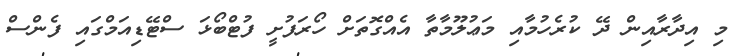
މި އިދާރާއިން ދޭ ކުރެހުމާއި މަޢުލޫމާތާ އެއްގޮތަށް ހޯރަފުށީ ފުޓްބޯޅަ ސްޓޭޑިއަމްގައި ފެންސް